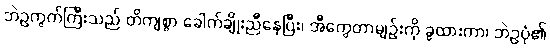
ဘဲဥကွက်ကြီးသည် တိကျစွာ ခေါက်ချိုးညီနေပြီး၊ အီကွေတာမျဉ်းကို ခွထားကာ၊ ဘဲဥပုံ၏